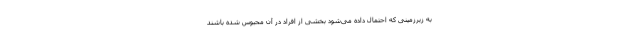
به زیرزمینی که احتمال داده می‌شود بخشی از افراد در آن محبوس شده باشند